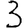
Digit: 3